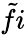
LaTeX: \tilde{f}i